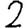
Digit: 2